Tallinna_kinnistusamet, lk 14
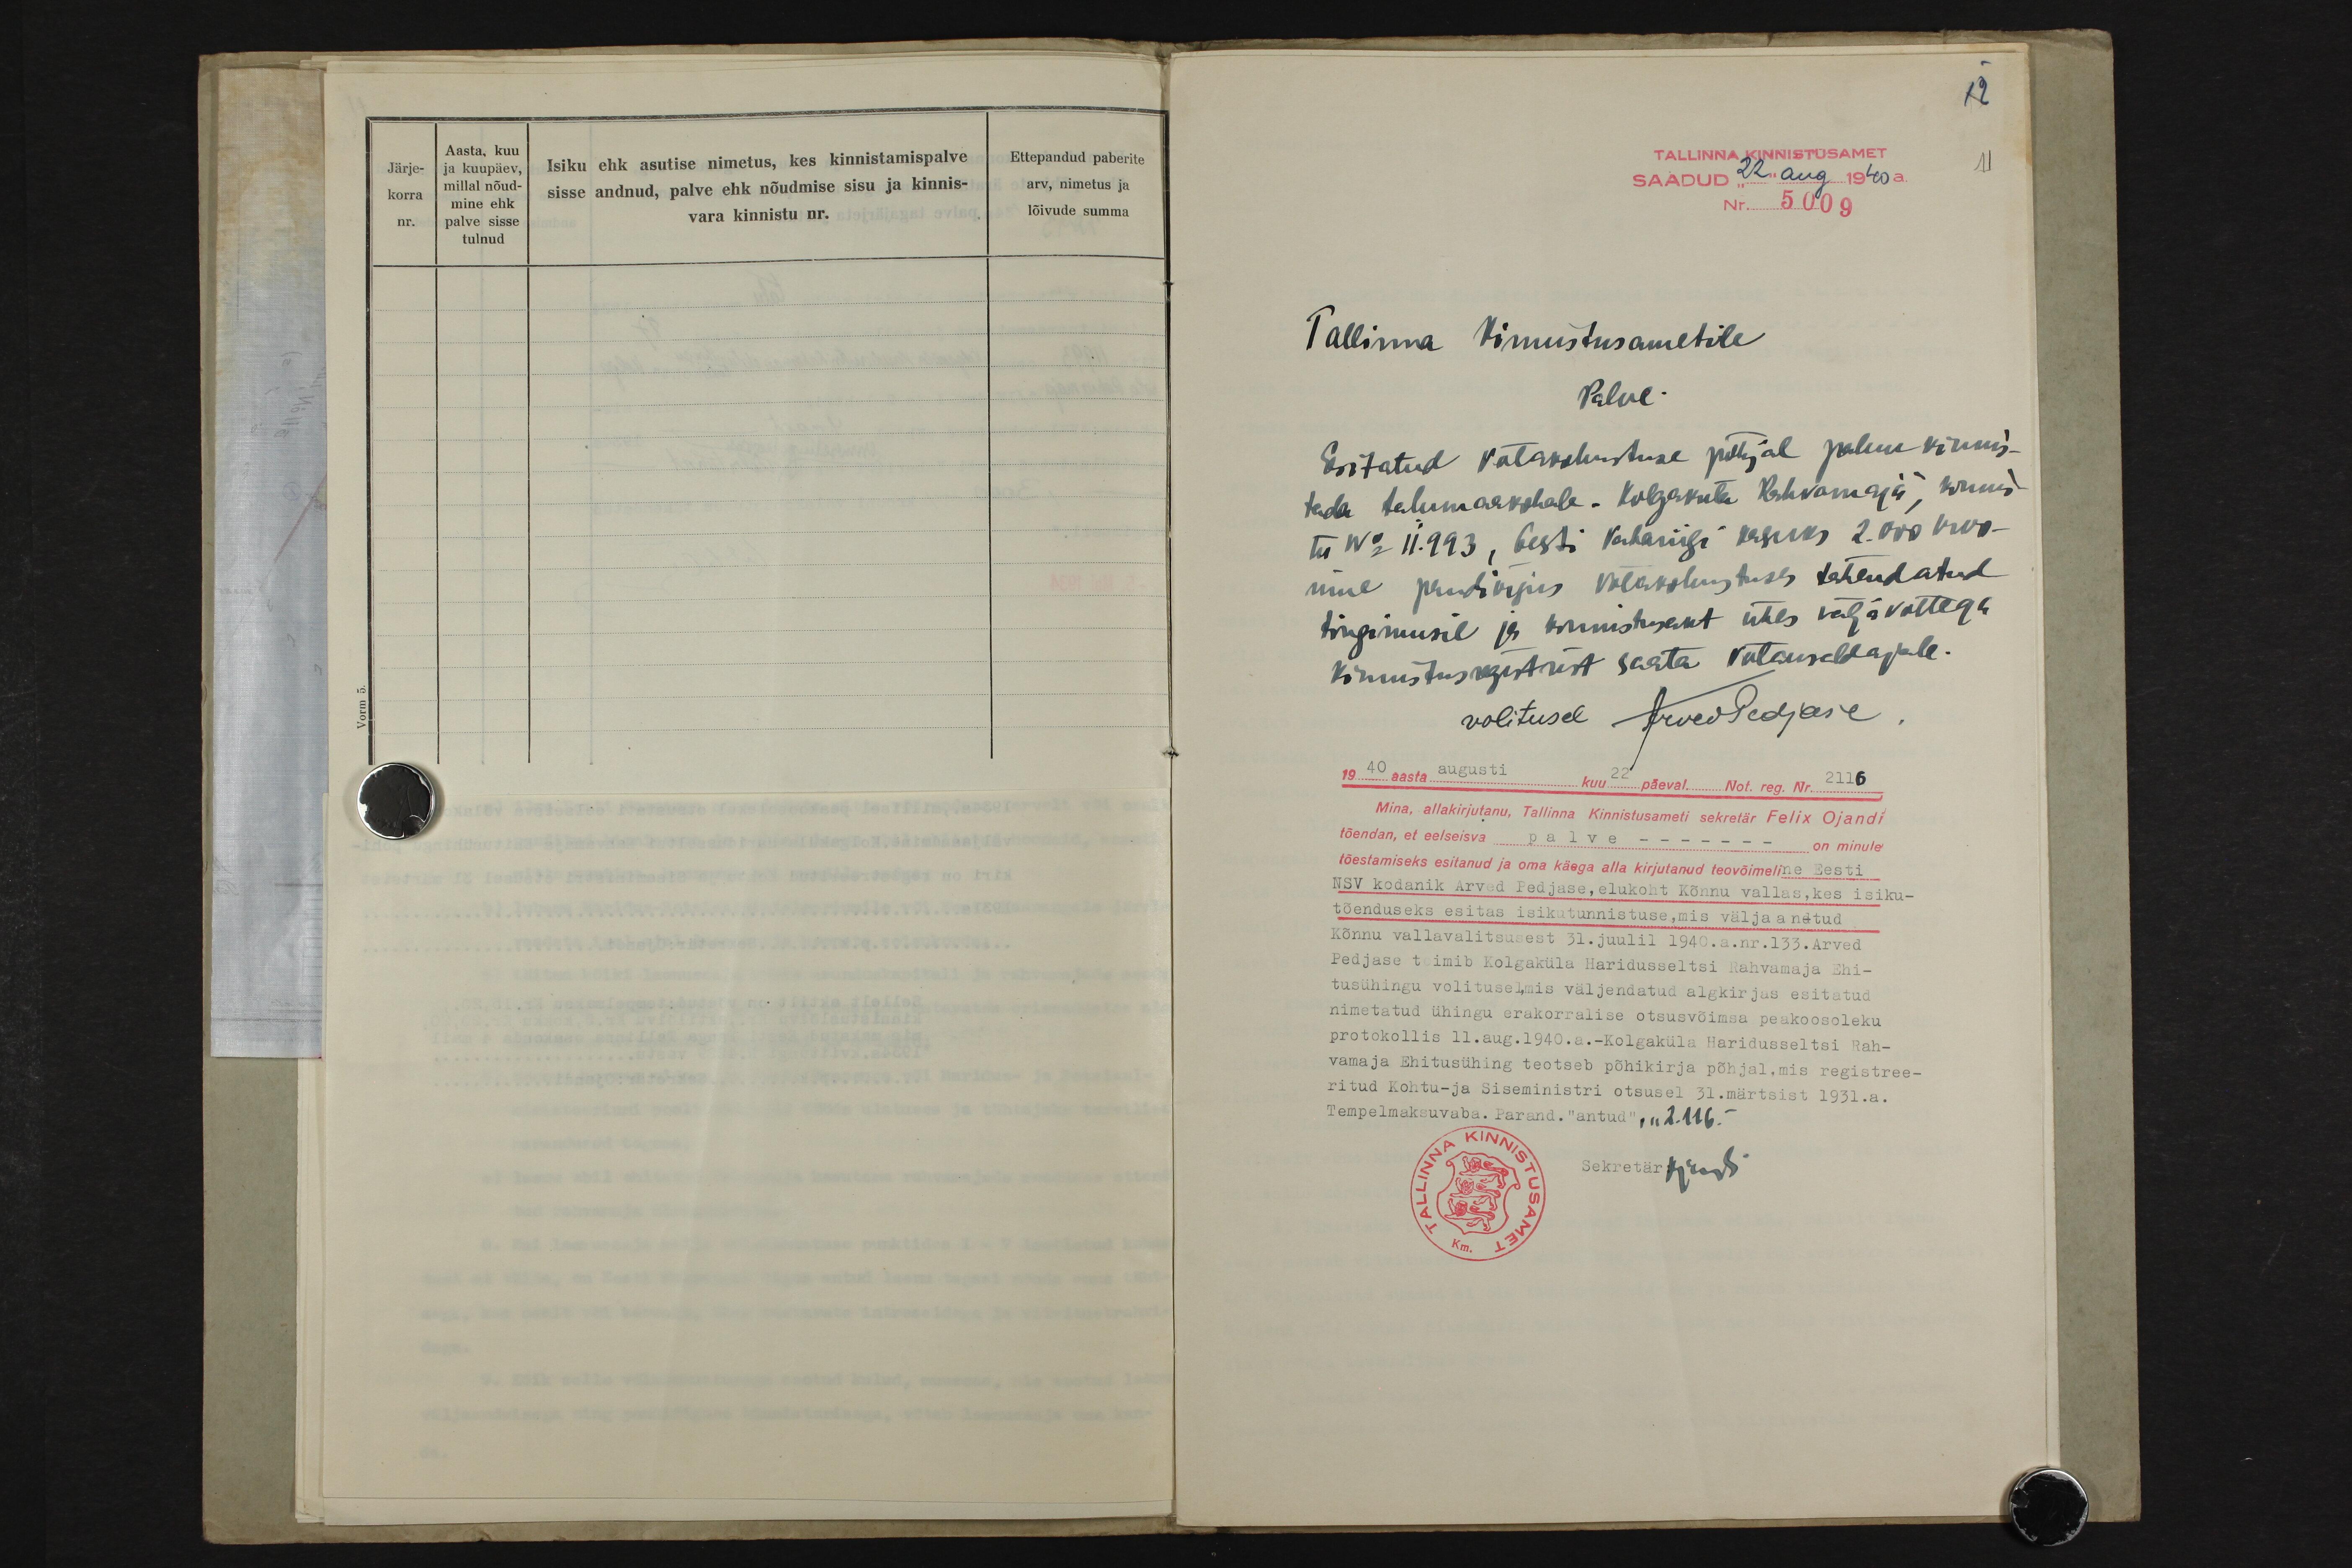
12
TALLINNA KINNISTUSAMET
11
SAADUD 22. aug 1940 a.
Nr. 5009
Tallinna Kinnistusametile
Palve.
Esitatud võlakohustuse põhjal palun kinnis-
tada talumaakohale "Kolgaküla Rahvamaja", kinnis-
tu No 11.993, Eesti Vabariigi kasuks 2.000 kroo-
nine pandiõigus võlakohustuses tähendatud
tingimusil ja kinnistusakt ühes väljavõttega
kinnistusregistrist saata võlauseldajale.
volitusel Arved Pedjase.
1940 aasta augusti kuu 22 päeval. Not. reg. Nr. 2116
Mina, allakirjutanu, Tallinna Kinnistusameti sekretär Felix Ojandi
tõendan, et eelseisva palve - - - on minule
tõestamiseks esitanud ja oma käega alla kirjutanud teovõimeline Eesti
NSV kodanik Arved Pedjase, elukoht Kõnnu vallas, kes isiku-
tõenduseks esitas isikutunnistuse, mis väljaandtud
Kõnnu vallavalitsusest 31. juulil 1940. a. nr. 133. Arved
Pedjase toimib Kolgaküla Haridusseltsi Rahvamaja Ehi-
tusühingu volitusel, mis väljendatud algkirjas esitatud
nimetatud ühingu erakorralise otsusvõimsa peakoosoleku
protokollis 11. aug. 1940. a. - Kolgaküla Haridusseltsi Rah-
vamaja Ehitusühing teotseb põhikirja põhjal, mis registree-
ritud Kohtu- ja Siseministri otsusel 31. märtsist 1931. a.
Tempelmaksuvaba. Parand. "antud", n 2.116.-
Sekretär Ojandi

Aasta, kuu
Järje-
Isiku ehk asutise nimetus, kes kinnistamispalve
Ettepandud paberite
ja kuupäev
millal nõud-
sisse andnud, palve ehk nõudmise sisu ja kinnis-
arv, nimetus ja
korra
nr.
mine ehk
palve sisse
lõivude summa
vara kinnistu nr.
tulnud